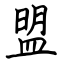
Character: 盟